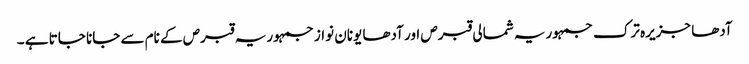
آدھا جزیرہ ترک جمہوریہ شمالی قبرص اور آدھا یونان نواز جمہوریہ قبرص کے نام سے جانا جاتا ہے ۔